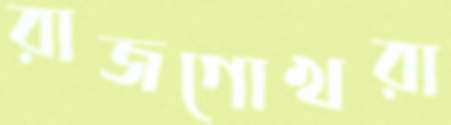
রাজগোখরা